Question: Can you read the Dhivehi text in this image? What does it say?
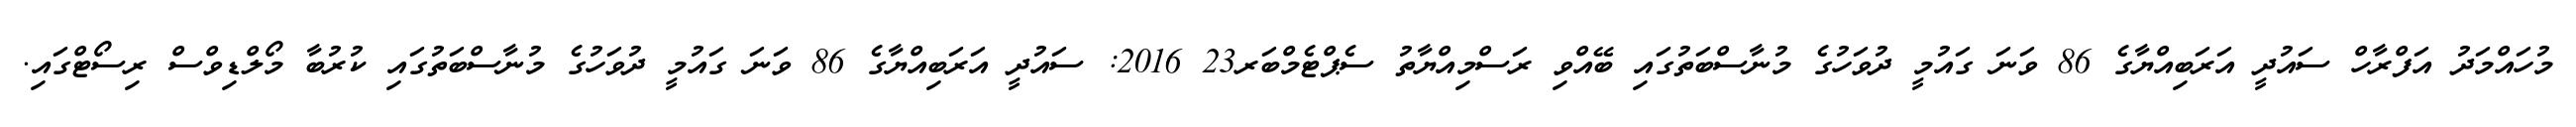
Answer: މުހައްމަދު އަފްރާހް ސައުދީ އަރަބިއްޔާގެ 86 ވަނަ ގައުމީ ދުވަހުގެ މުނާސްބަތުގައި ބޭއްވި ރަސްމިއްޔާތު ސެޕްޓެމްބަރ23 2016: ސައުދީ އަރަބިއްޔާގެ 86 ވަނަ ގައުމީ ދުވަހުގެ މުނާސްބަތުގައި ކުރުބާ މޯލްޑިވްސް ރިސޯޓްގައި.